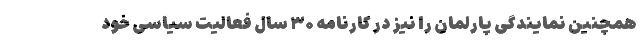
همچنین نمایندگی پارلمان را نیز در کارنامه ۳۰ سال فعالیت سیاسی خود